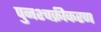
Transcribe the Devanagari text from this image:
पुनश्चक्रीकरण